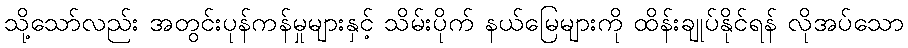
သို့သော်လည်း အတွင်းပုန်ကန်မှုများနှင့် သိမ်းပိုက် နယ်မြေများကို ထိန်းချုပ်နိုင်ရန် လိုအပ်သော